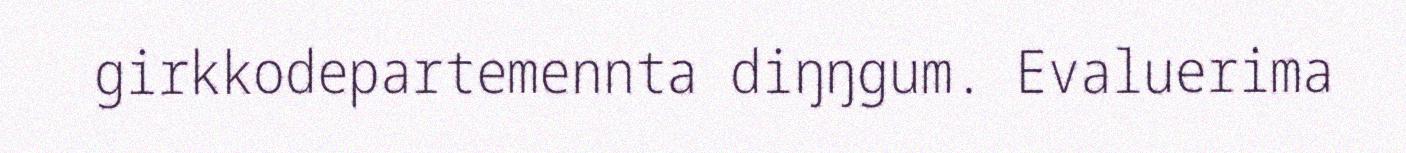
girkkodepartemennta diŋŋgum. Evaluerima